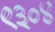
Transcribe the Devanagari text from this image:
९३०४